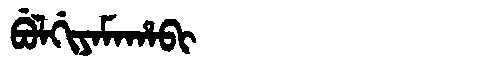
Manchu: ᠪᡠᠯᡤᡳᠶᠠᠮᠠᡥᠠᠪᡳ
Romanization: BULGIYAMAHABI